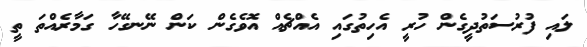
ލައި ފުރުސަތުދީގެން ހުރީ އެހިތުގައި އެއްޗެއް އޮވެގެން ކަން ނޭނގޭހާ ގަމާރެއްތަ ތީ